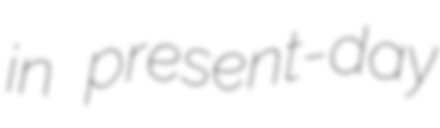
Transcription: in present-day